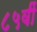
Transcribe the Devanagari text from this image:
८५वीं